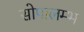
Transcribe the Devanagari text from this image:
सोपालम्भ